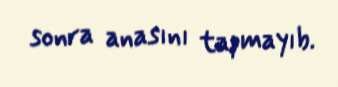
sonra anasını tapmayıb.